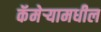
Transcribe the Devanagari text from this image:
कॅमेऱ्यामधील